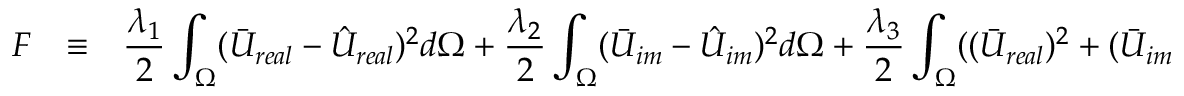
\begin{array} { r c l } { F } & { \equiv } & { \displaystyle { \frac { \lambda _ { 1 } } { 2 } \int _ { \Omega } ( \bar { U } _ { r e a l } - \hat { U } _ { r e a l } ) ^ { 2 } d \Omega + \frac { \lambda _ { 2 } } { 2 } \int _ { \Omega } ( \bar { U } _ { i m } - \hat { U } _ { i m } ) ^ { 2 } d \Omega + \frac { \lambda _ { 3 } } { 2 } \int _ { \Omega } ( ( \bar { U } _ { r e a l } ) ^ { 2 } + ( \bar { U } _ { i m } ) ^ { 2 } - 1 ) ^ { 2 } d \Omega } } \end{array}